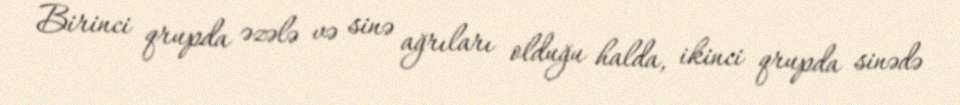
Birinci qrupda əzələ və sinə ağrıları olduğu halda, ikinci qrupda sinədə